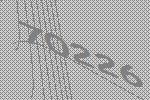
70226